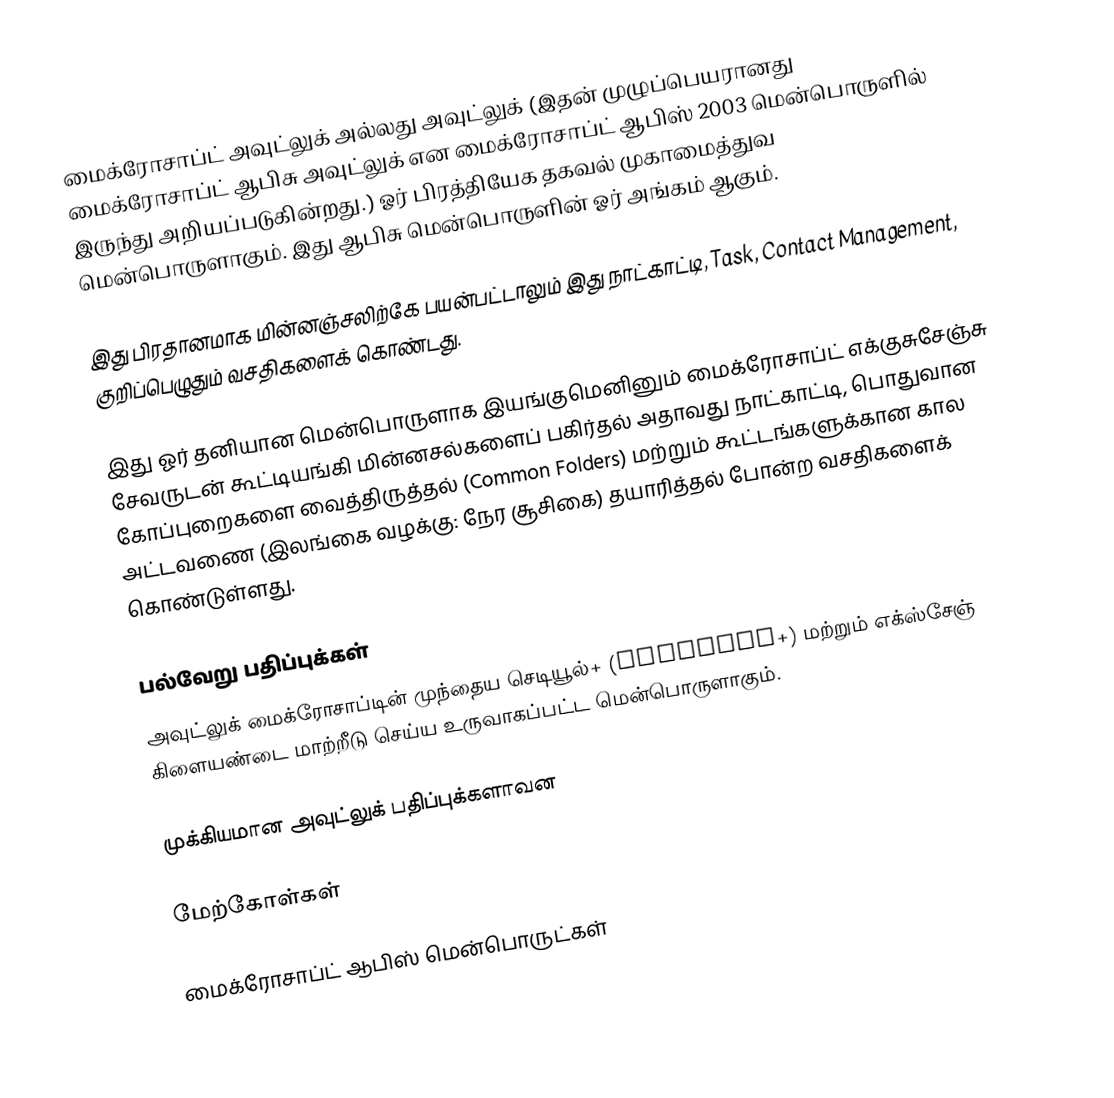
மைக்ரோசாப்ட் அவுட்லுக் அல்லது அவுட்லுக் (இதன் முழுப்பெயரானது மைக்ரோசாப்ட் ஆபிசு அவுட்லுக் என மைக்ரோசாப்ட் ஆபிஸ் 2003 மென்பொருளில் இருந்து அறியப்படுகின்றது.) ஓர் பிரத்தியேக தகவல் முகாமைத்துவ மென்பொருளாகும். இது ஆபிசு மென்பொருளின் ஓர் அங்கம் ஆகும்.

இது பிரதானமாக மின்னஞ்சலிற்கே பயன்பட்டாலும் இது நாட்காட்டி, Task, Contact Management, குறிப்பெழுதும் வசதிகளைக் கொண்டது.

இது ஓர் தனியான மென்பொருளாக இயங்குமெனினும் மைக்ரோசாப்ட் எக்குசுசேஞ்சு சேவருடன் கூட்டியங்கி மின்னசல்களைப் பகிர்தல் அதாவது நாட்காட்டி, பொதுவான கோப்புறைகளை வைத்திருத்தல் (Common Folders) மற்றும் கூட்டங்களுக்கான கால அட்டவணை (இலங்கை வழக்கு: நேர சூசிகை) தயாரித்தல் போன்ற வசதிகளைக் கொண்டுள்ளது.

பல்வேறு பதிப்புக்கள்
அவுட்லுக் மைக்ரோசாப்டின் முந்தைய செடியூல்+ (Schedule+) மற்றும் எக்ஸ்சேஞ் கிளையண்டை மாற்றீடு செய்ய உருவாகப்பட்ட மென்பொருளாகும்.

முக்கியமான அவுட்லுக் பதிப்புக்களாவன

மேற்கோள்கள்

மைக்ரோசாப்ட் ஆபிஸ் மென்பொருட்கள்